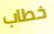
خطاب